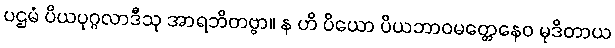
ပဌမံ ပိယပုဂ္ဂလာဒီသု အာရဘိတဗ္ဗာ။ န ဟိ ပိယော ပိယဘာဝမတ္တေနေဝ မုဒိတာယ